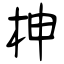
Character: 柛